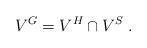
LaTeX: \begin{align*}V^G=V^H\cap V^S \;.\end{align*}